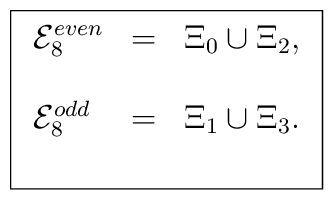
\fbox{$\begin{array}{lll}{\cal E}_{8}^{even} &=& \Xi_{0}\cup \Xi_{2}, \\ \\{\cal E}_{8}^{odd} &=& \Xi_{1}\cup \Xi_{3}. \\ \\\end{array}$}